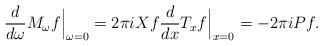
LaTeX: \begin{align*}\dfrac{d}{d\omega} M_\omega f \Big|_{\omega=0} = 2 \pi i X f \dfrac{d}{dx} T_x f \Big|_{x=0} = -2 \pi i P f.\end{align*}